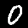
Label: 0